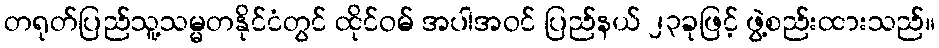
တရုတ်ပြည်သူ့သမ္မတနိုင်ငံတွင် ထိုင်ဝမ် အပါအဝင် ပြည်နယ် ၂၃ခုဖြင့် ဖွဲ့စည်းထားသည်။